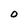
Character: O